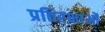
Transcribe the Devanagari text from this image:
प्रतिरक्षाओं